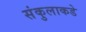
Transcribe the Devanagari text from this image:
संकुलाकडे